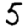
Digit: 5